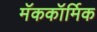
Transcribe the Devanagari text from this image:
मॅककॉर्मिक